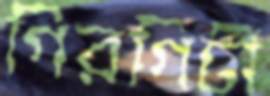
গিরগিটী